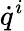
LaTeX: {\dot{q}}^{i}